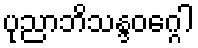
ပုညာဘိသန္ဒဝဂ္ဂေါ